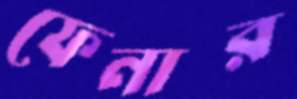
ফেনার